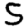
Digit: 5